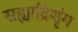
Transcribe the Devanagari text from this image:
सह्याद्रिशृंग